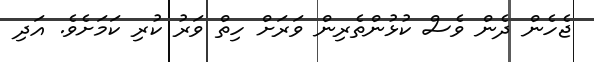
ޖެހެން ދެން ވެސް ކުޅުންތެރިން ވަރަށް ހިތް ވަރު ކުރި ކަމަށެވެ. އަދި